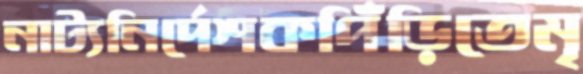
নাট্যনির্দেশকপিঁড়িতেমৃ